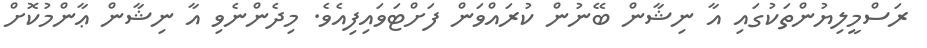
ރަސްމީލިޔުންތަކުގައި އާ ނިޝާން ބޭނުން ކުރައްވަން ފަށްޓަވައިފިއެވެ. މިދެންނެވި އާ ނިޝާން ޢާންމުކޮށް